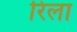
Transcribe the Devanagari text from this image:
रिला